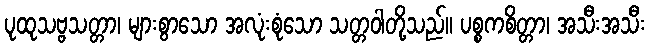
ပုထုသဗ္ဗသတ္တာ၊ များစွာသော အလုံးစုံသော သတ္တဝါတို့သည်။ ပစ္စကစိတ္တာ၊ အသီးအသီး